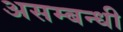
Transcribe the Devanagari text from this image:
असम्बन्धी